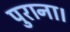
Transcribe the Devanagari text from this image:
पुराना।